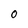
Character: 0